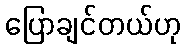
ပြောချင်တယ်ဟု